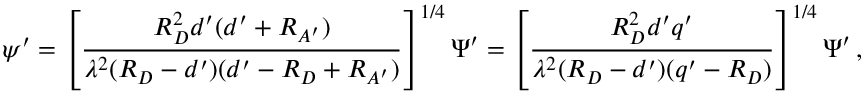
\boldsymbol \psi ^ { \prime } = \left[ { \frac { R _ { D } ^ { 2 } d ^ { \prime } ( d ^ { \prime } + R _ { A ^ { \prime } } ) } { \lambda ^ { 2 } ( R _ { D } - d ^ { \prime } ) ( d ^ { \prime } - R _ { D } + R _ { A ^ { \prime } } ) } } \right] ^ { 1 / 4 } \boldsymbol \Psi ^ { \prime } = \left[ { \frac { R _ { D } ^ { 2 } d ^ { \prime } q ^ { \prime } } { \lambda ^ { 2 } ( R _ { D } - d ^ { \prime } ) ( q ^ { \prime } - R _ { D } ) } } \right] ^ { 1 / 4 } \boldsymbol \Psi ^ { \prime } \, ,